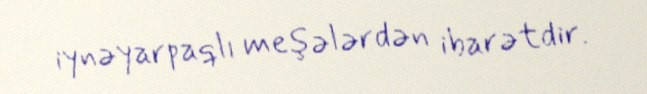
iynəyarpaqlı meşələrdən ibarətdir.